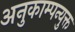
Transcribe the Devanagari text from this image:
अनुकाम्पन्युक्त